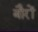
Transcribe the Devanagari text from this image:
बौरों